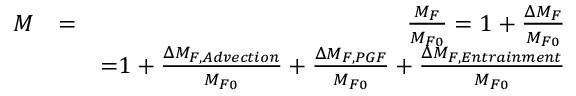
\begin{array} { r l r } { M } & { = } & { \frac { M _ { F } } { M _ { F 0 } } = 1 + \frac { \Delta M _ { F } } { M _ { F 0 } } } \\ & { } & { \mathrm = 1 + \frac { \Delta M _ { F , A d v e c t i o n } } { M _ { F 0 } } + \frac { \Delta M _ { F , P G F } } { M _ { F 0 } } + \frac { \Delta M _ { F , E n t r a i n m e n t } } { M _ { F 0 } } } \end{array}